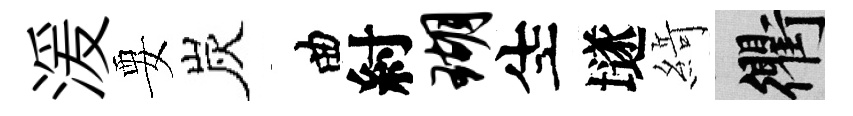
湲要炭曲紂瑚生𡑞𦂶衢